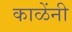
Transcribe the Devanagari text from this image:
काळेंनी